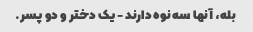
بله، آنها سه نوه دارند - یک دختر و دو پسر.